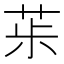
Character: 𦯝